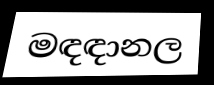
මඳඳානල